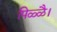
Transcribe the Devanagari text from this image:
पिळ्ळै।